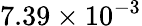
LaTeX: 7.39\times 10^{-3}